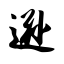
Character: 逊